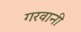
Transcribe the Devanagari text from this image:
गरवानी